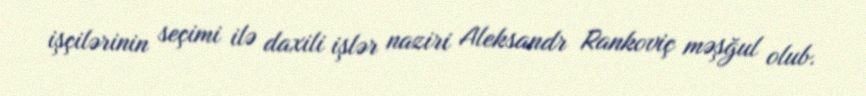
işçilərinin seçimi ilə daxili işlər naziri Aleksandr Rankoviç məşğul olub.